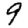
Digit: 9